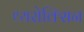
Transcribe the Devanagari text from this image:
थ्यरोक्सिन